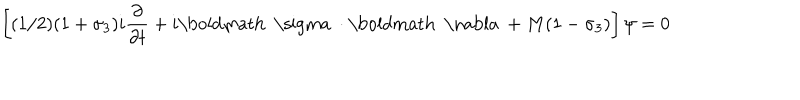
\left[ ( 1 / 2 ) ( 1 + \sigma _ { 3 } ) i { \frac { \partial } { \partial t } } + i \mathrm { \boldmath ~ \ s i g m a ~ } \cdot \mathrm { \boldmath ~ \nabla ~ } + M ( 1 - \sigma _ { 3 } ) \right] \psi = 0